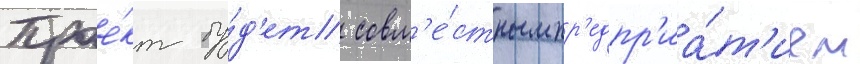
Прое́кт бу́д'ет совм'е́стным пр'едпр'иа́т'ием